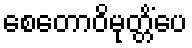
စေတောဝိမုတ္တိံပေ